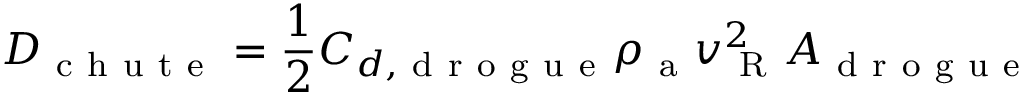
D _ { \mathrm { ~ c ~ h ~ u ~ t ~ e ~ } } = \frac { 1 } { 2 } C _ { d , \mathrm { ~ d ~ r ~ o ~ g ~ u ~ e ~ } } \rho _ { \mathrm { ~ a ~ } } v _ { \mathrm { ~ R ~ } } ^ { 2 } A _ { \mathrm { ~ d ~ r ~ o ~ g ~ u ~ e ~ } }